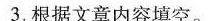
3.根据文章内容填空。